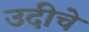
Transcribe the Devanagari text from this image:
उदीचे